Annual report on the working of the lock hospitals in the Central Provinces
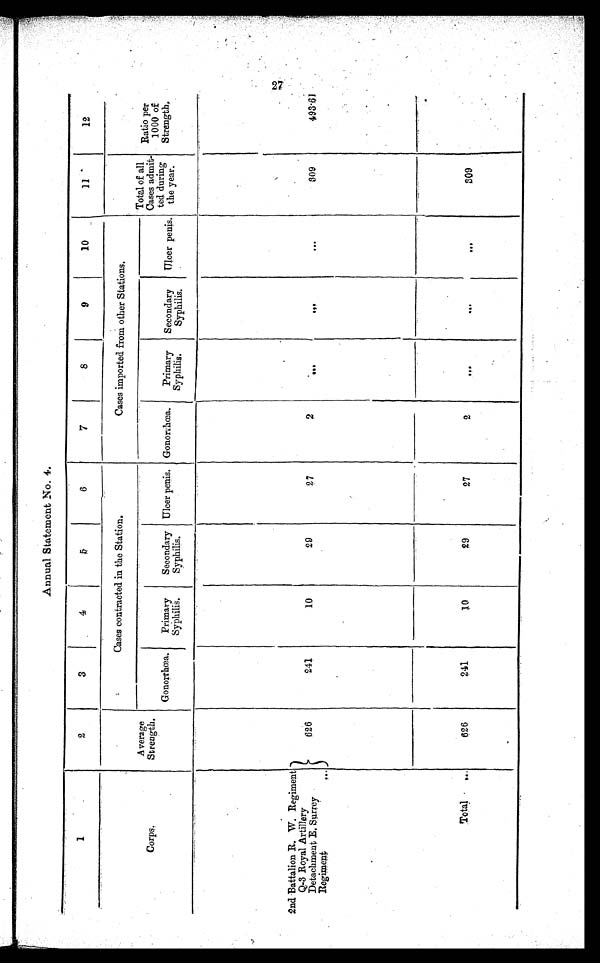
Annual Statement No. 4.
1
2
3
4
5
6
7
8
9
10
11
12
Corps.
Average
Strength.
Cases contracted in the Station.
Cases imported from other Stations.
Total of all
Cases admit
ted during
the year.
Ratio per
1000 of
Strength,
Gonorrhœa.
Primary
.Syphilis.
Secondary
.Syphilis.
Ulcer penis. Gonorrhœa.
Primary
Syphilis.
Secondary
Syphilis.
Ulcer penis
.
2nd Battalion R. W. Regiment
626
241
10
29
27
2
. . .
. . .
. . .
309
493·61
Q-3 Royal Artillery
Detachment E. Surrey
Regiment
...
Total.
. . .
626
241
10
29
27
2
...
. . .
...
309